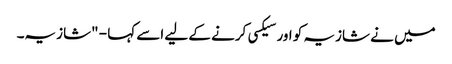
میں نے شازیہ کو اور سیکسی کرنے کے لیے اسے کہا - "شازیہ۔